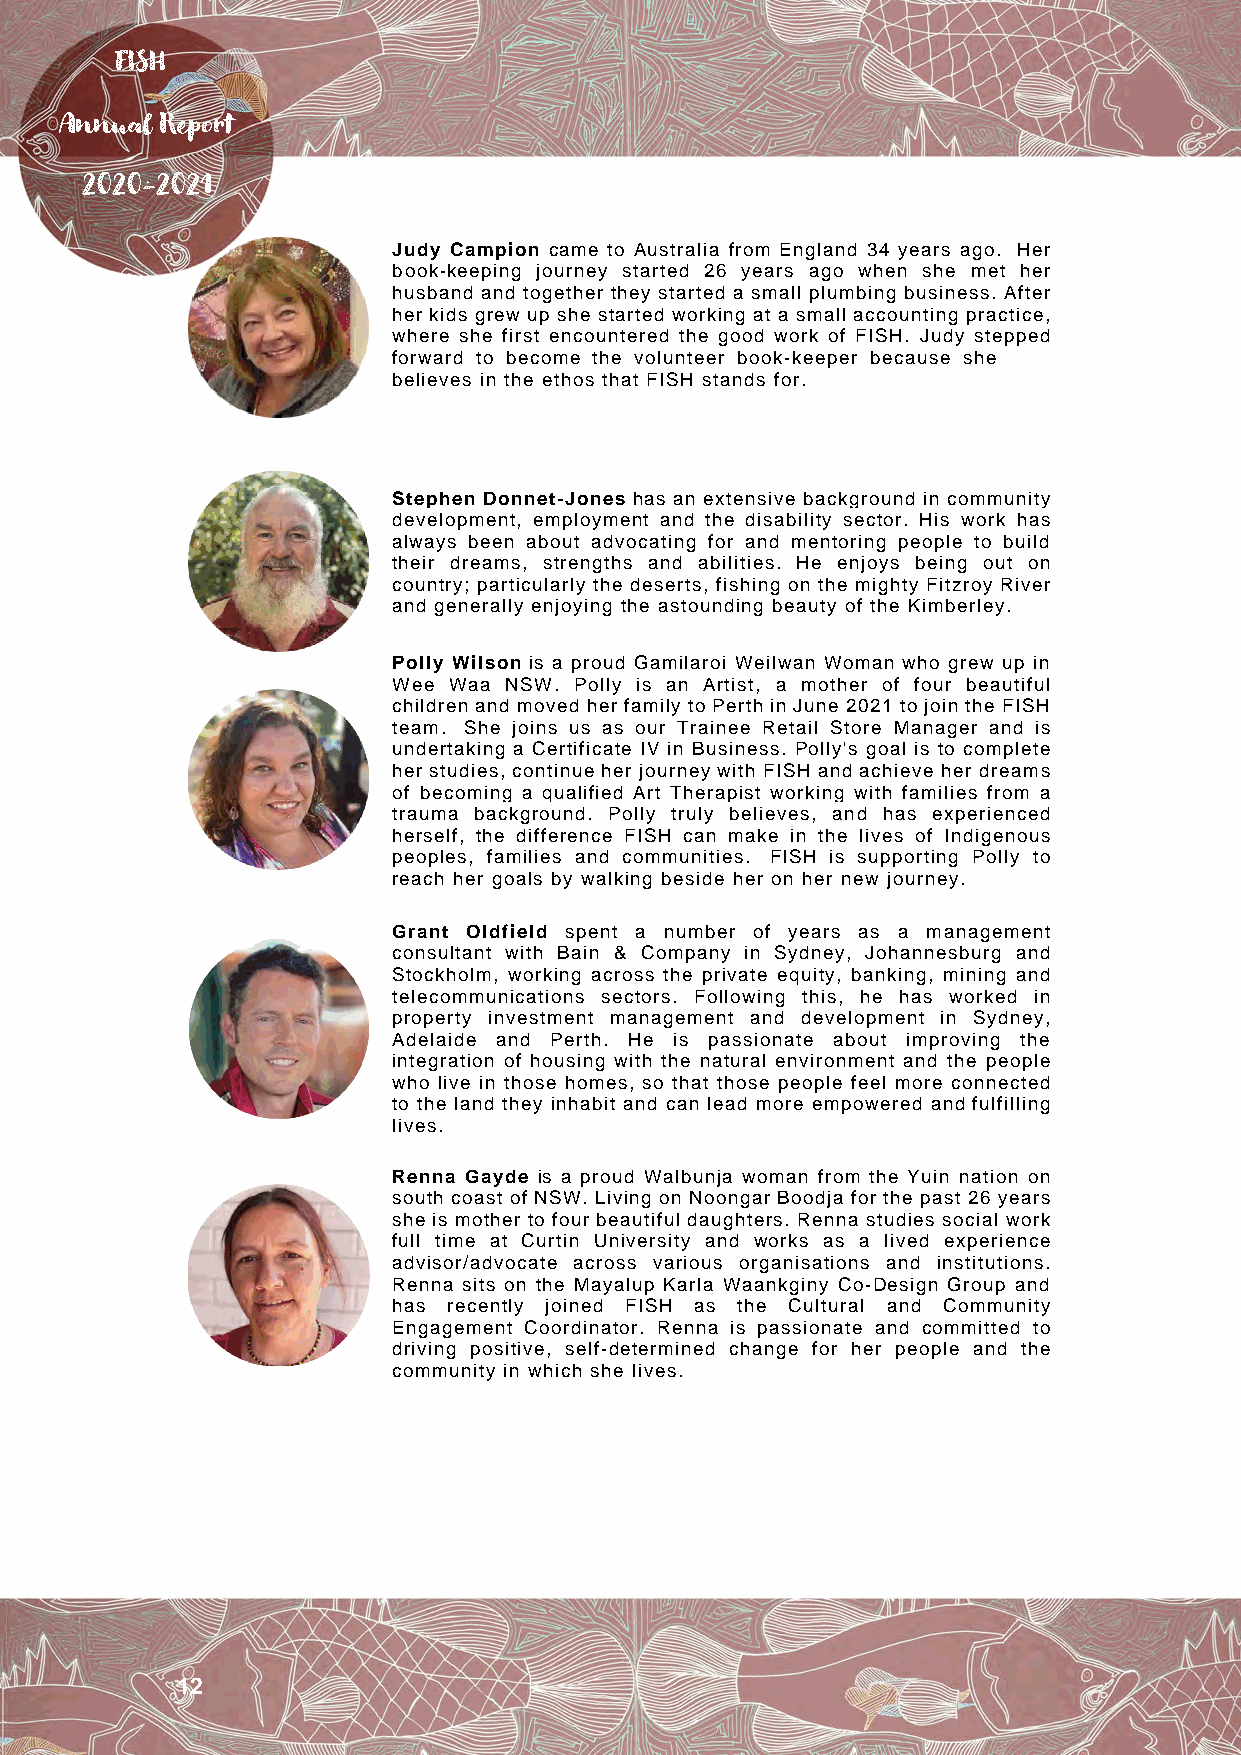
FISH
 Annual Report
 2020-2021
 Judy Campion came to Australia from England 34 years ago. Her
 book-keeping journey started 26 years ago when she met her
 husband and together they started a small plumbing business. After
 her kids grew up she started working at a small accounting practice,
 where she first encountered the good work of FISH. Judy stepped
 forward to become the volunteer book-keeper because she……..
 believes in the ethos that FISH stands for.
 Stephen Donnet-Jones has an extensive background in community
 development, employment and the disability sector. His work has
 always been about advocating for and mentoring people to build
 their dreams, strengths and abilities. He enjoys being out on
 country; particularly the deserts, fishing on the mighty Fitzroy River
 and generally enjoying the astounding beauty of the Kimberley.
 Polly Wilson is a proud Gamilaroi Weilwan Woman who grew up in
 Wee Waa NSW. Polly is an Artist, a mother of four beautiful
 children and moved her family to Perth in June 2021 to join the FISH
 team. She joins us as our Trainee Retail Store Manager and is
 undertaking a Certificate IV in Business. Polly's goal is to complete
 her studies, continue her journey with FISH and achieve her dreams
 of becoming a qualified Art Therapist working with families from a
 trauma background. Polly truly believes, and has experienced
 herself, the difference FISH can make in the lives of Indigenous
 peoples, families and communities. FISH is supporting Polly to
 reach her goals by walking beside her on her new journey.
 Grant Oldfield spent a number of years as a management
 consultant with Bain & Company in Sydney, Johannesburg and
 Stockholm, working across the private equity, banking, mining and
 telecommunications sectors. Following this, he has worked in
 property investment management and development in Sydney,
 Adelaide and Perth. He is passionate about improving the
 integration of housing with the natural environment and the people
 who live in those homes, so that those people feel more connected
 to the land they inhabit and can lead more empowered and fulfilling
 lives.
 Renna Gayde is a proud Walbunja woman from the Yuin nation on
 south coast of NSW. Living on Noongar Boodja for the past 26 years
 she is mother to four beautiful daughters. Renna studies social work
 full time at Curtin University and works as a lived experience
 advisor/advocate across various organisations and institutions.
 Renna sits on the Mayalup Karla Waankginy Co-Design Group and
 has recently joined FISH as the Cultural and Community
 Engagement Coordinator. Renna is passionate and committed to
 driving positive, self-determined change for her people and the
 community in which she lives.
 12